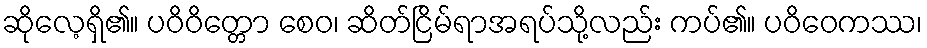
ဆိုလေ့ရှိ၏။ ပဝိဝိတ္တော စေဝ၊ ဆိတ်ငြိမ်ရာအရပ်သို့လည်း ကပ်၏။ ပဝိဝေကဿ၊